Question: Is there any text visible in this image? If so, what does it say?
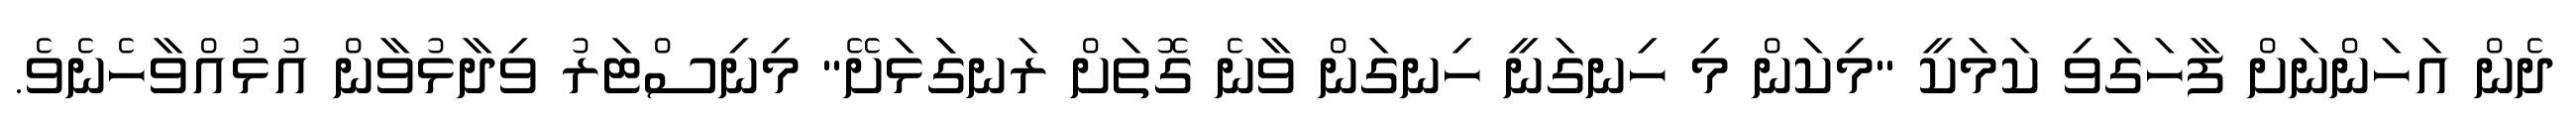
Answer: ދެން އަހަންނަށް ފާހަގަވި ކަމަކީ "މިކަން މި ހިނގަނީ ހިނގަން ވާނެ ގޮތަށް ރަނގަަޅަށޭ" މިނިސްޓަރު ވިދާޅުވާން އުޅުއްވާހެނެވެ.